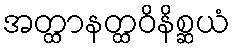
အတ္ထာနတ္ထဝိနိစ္ဆယံ